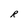
Character: R